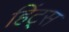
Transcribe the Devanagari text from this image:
हिंट्स